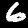
Label: 6